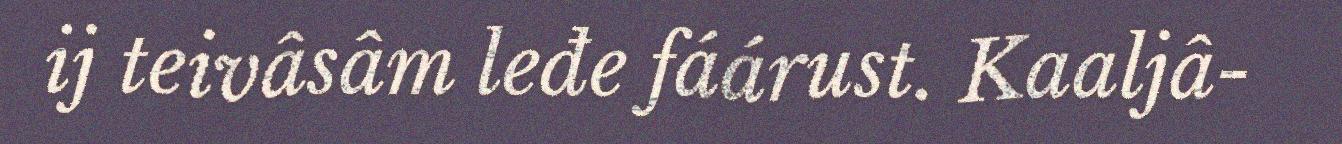
ij teivâsâm leđe fáárust. Kaaljâ-